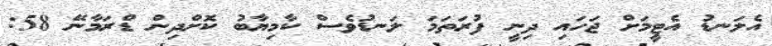
އެލަނޑު އެޓީމަށް ޖަހައި ދިނީ ފުރަތަމަ ލަނޑުވެސް ކާމިޔާބު ކޮށްދިން ޑްރަމާނޭ 58: